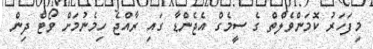
މިފަހަރު ކޮމަންވެލްތް ގެ ސީމެގް އެޖެންޑާ ގައި ރާއްޖެ ހިމެނުމަށް ވޯޓް ދިން